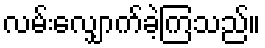
လမ်းလျှောက်ခဲ့ကြသည်။